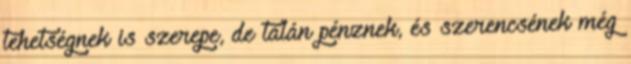
tehetségnek is szerepe, de talán pénznek, és szerencsének még